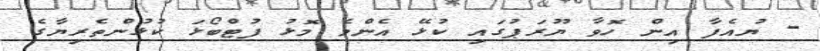
- ޔުއެފާ އިން ހޮވާ ޔޫރަޕުގައި ކުޅޭ އެންމެ މޮޅު ފުޓްބޯޅަ ކުޅުންތެރިޔާގެ